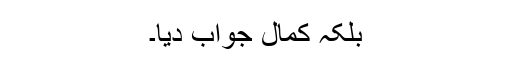
بلکہ کمال جواب دیا۔